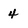
Character: 4